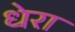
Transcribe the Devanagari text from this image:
धेरा